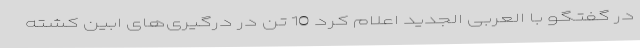
در گفتگو با العربی الجدید اعلام کرد 10 تن در درگیری‌های ابین کشته